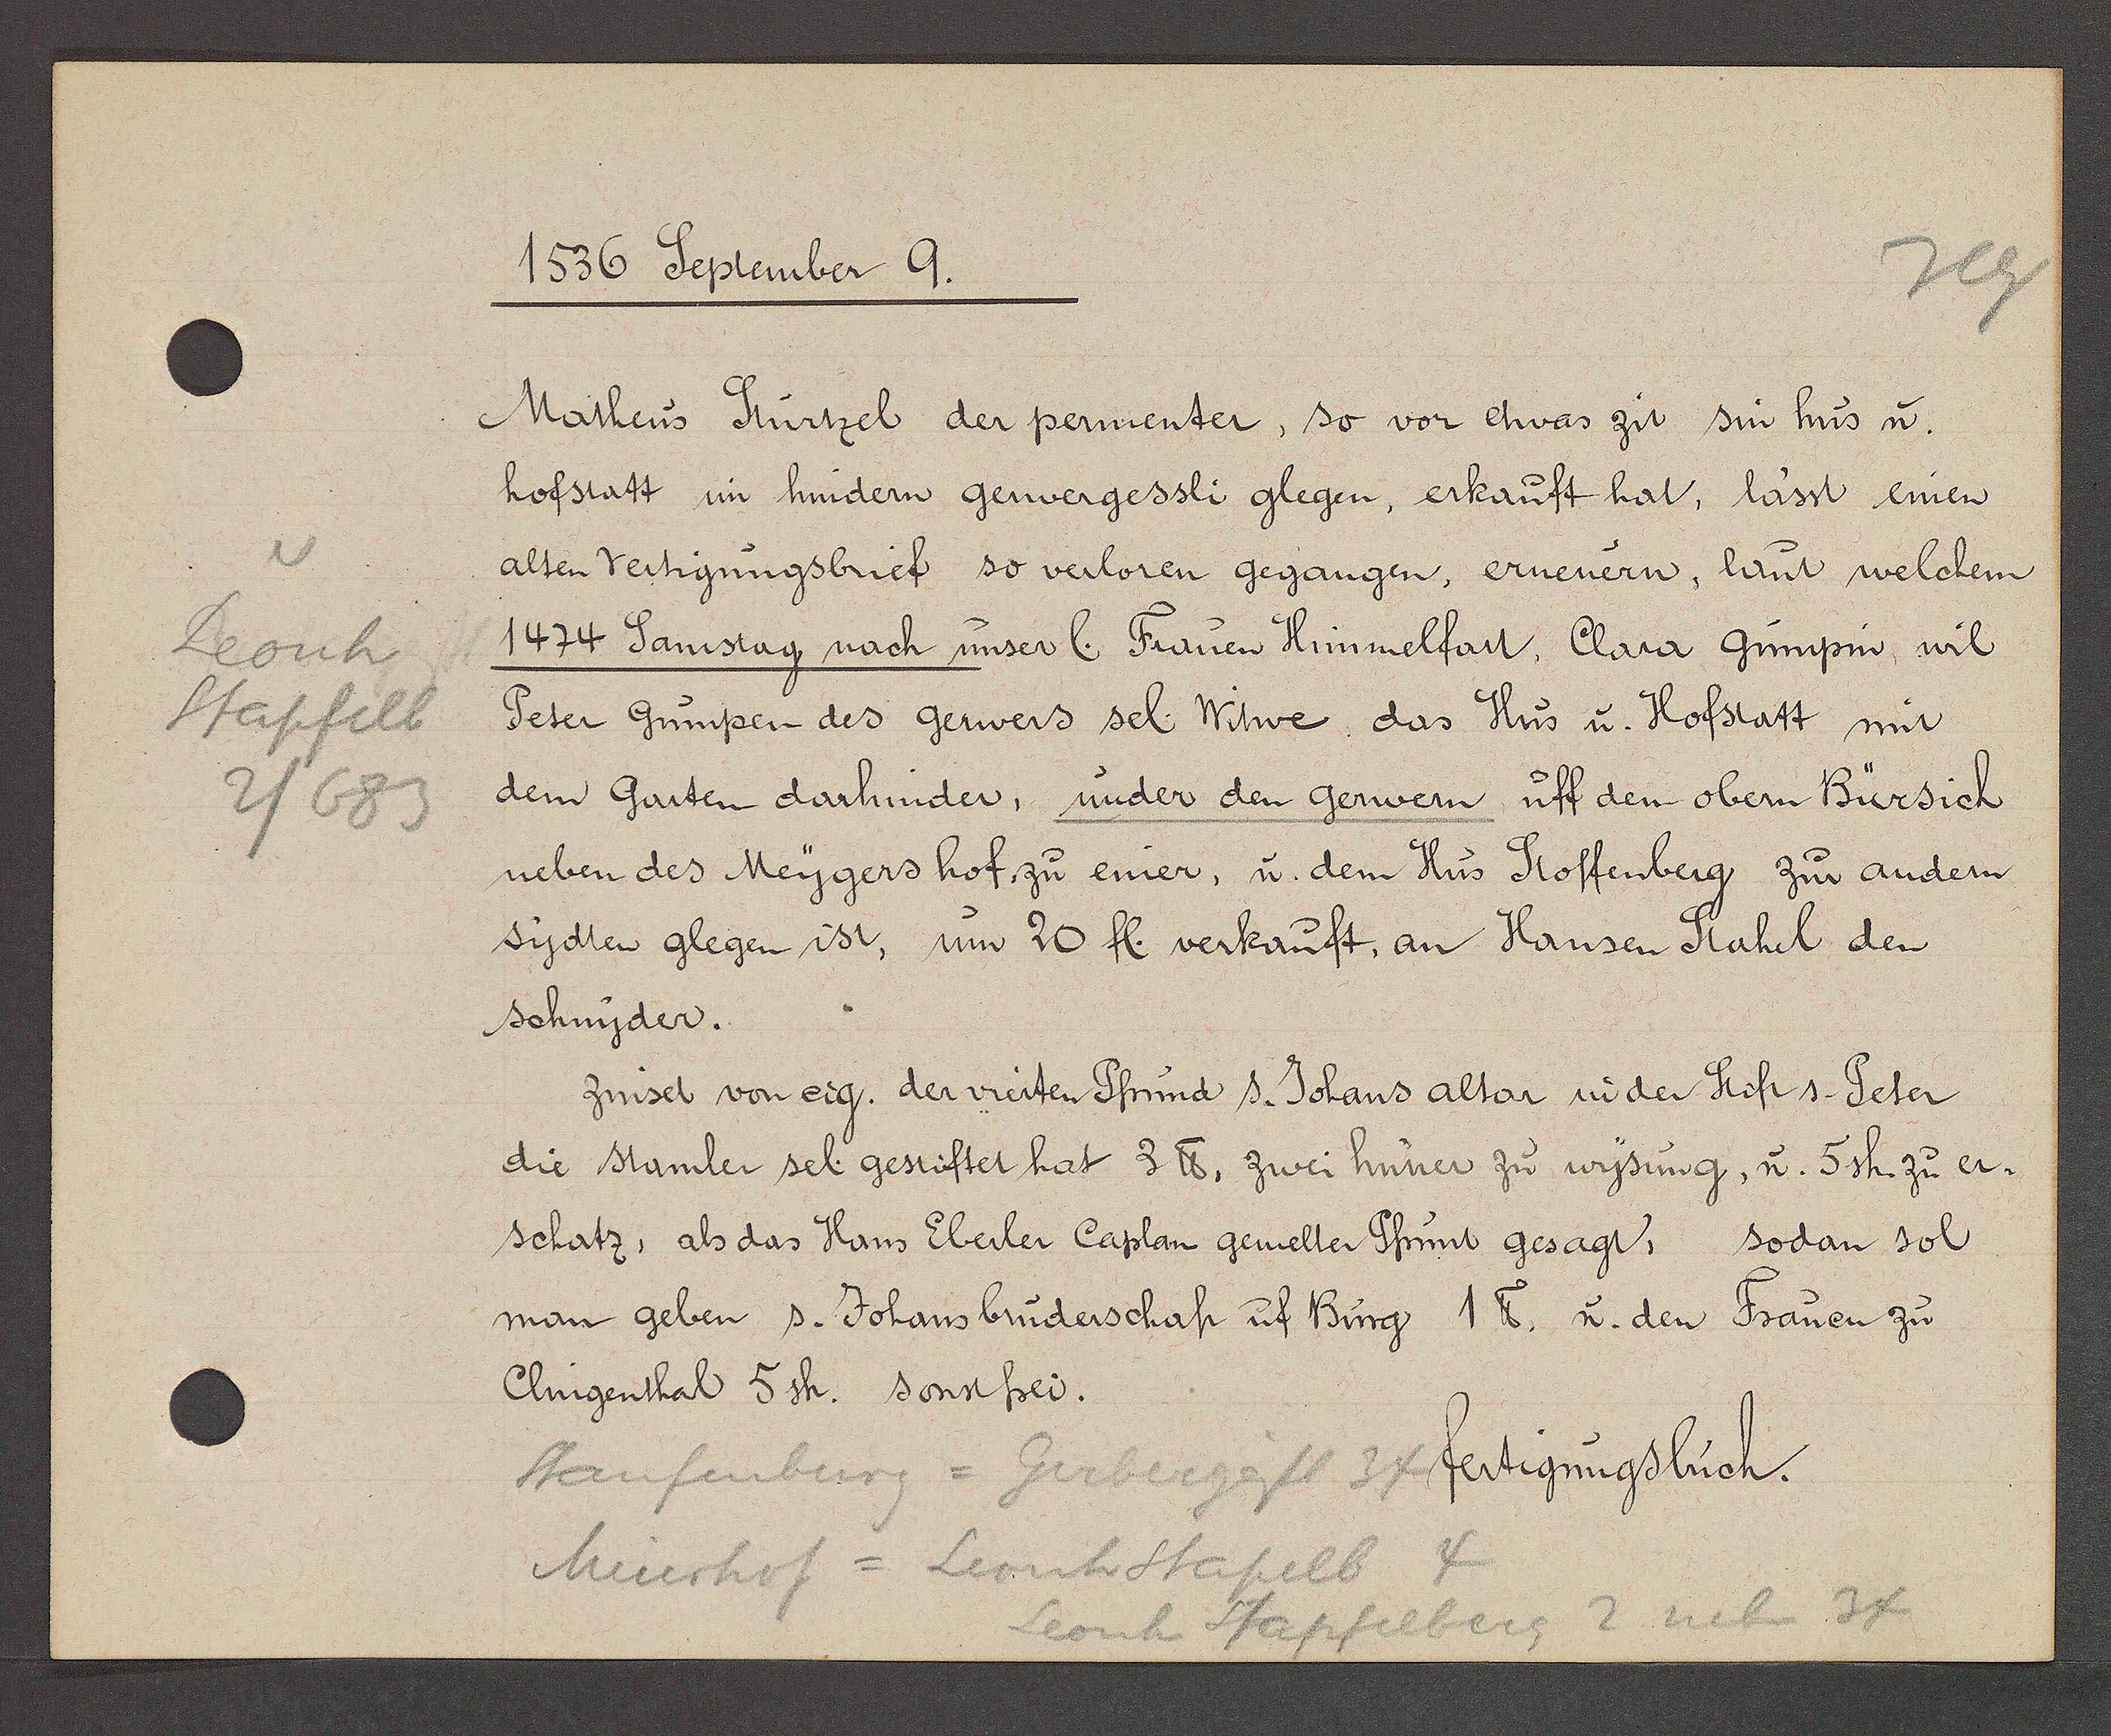
Transcript:
Leonh
Stapfelb
2/683

1536 September 9.

Matheus Stürtzel der permenter, so vor etwas zit sin hus u.
hofstatt im hindern gerwergessli glegen, erkauft hat, lässt einen
alten Vertigungsbrief so verloren gegangen, erneuern, laut welchem
1474 Samstag nach unser l. Frauen Himmelfart, Clara Gumpin, wil
Peter Gumpen des gerwers sel. Witwe, das Hus u. Hofstatt mit
dem Garten darhinder, under den Gerwern, uff dem obern Bürsich
neben des Meygers hof zu einer, u. dem Hus Stoffenberg zur andern
sydten glegen ist, um 20 fl. verkauft, an Hansen Stahel den
schnyder.
zinset von eig. der vierten Pfrund s. Johans altar in der Stift s. Peter
die stamler sel. gestiftet hat 3 ℔, zwei huner zu wysung, u. 5sh. zu er¬
schatz, als das Hans Eberler Caplan gemelten Pfrrunt gesagt, sodan sol
man geben s. Johans bruderschaft uf Burg 1 ℔, u. den Frauen zu
Clingenthal 5sh. sonst frei.

Staufenburg = Gerbergässl 34
Meierhof = Leonhstapfelb 4
Leonh Stapfelberg 2 neben 34

fertigungsbuch.